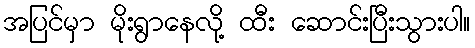
အပြင်မှာ မိုးရွာနေလို့ ထီး ဆောင်းပြီးသွားပါ။